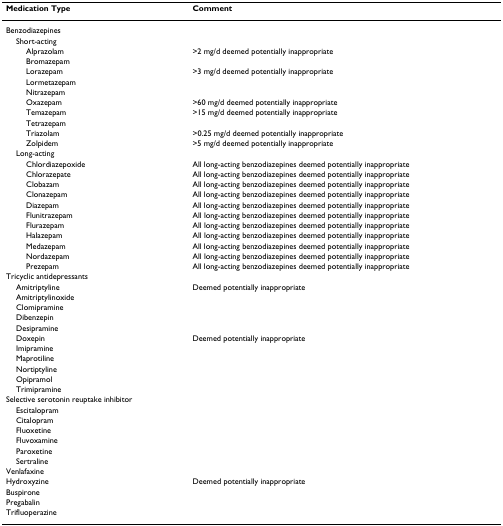
| Medication Type | Comment |
 | --- | --- |
 | Benzodiazepines |  |
 | Short-acting |  |
 | Alprazolam | >2 mg/d deemed potentially inappropriate |
 | Bromazepam |  |
 | Lorazepam | >3 mg/d deemed potentially inappropriate |
 | Lormetazepam |  |
 | Nitrazepam |  |
 | Oxazepam | >60 mg/d deemed potentially inappropriate |
 | Temazepam | >15 mg/d deemed potentially inappropriate |
 | Tetrazepam |  |
 | Triazolam | >0.25 mg/d deemed potentially inappropriate |
 | Zolpidem | >5 mg/d deemed potentially inappropriate |
 | Long-acting |  |
 | Chlordiazepoxide | All long-acting benzodiazepines deemed potentially inappropriate |
 | Chlorazepate | All long-acting benzodiazepines deemed potentially inappropriate |
 | Clobazam | All long-acting benzodiazepines deemed potentially inappropriate |
 | Clonazepam | All long-acting benzodiazepines deemed potentially inappropriate |
 | Diazepam | All long-acting benzodiazepines deemed potentially inappropriate |
 | Flunitrazepam | All long-acting benzodiazepines deemed potentially inappropriate |
 | Flurazepam | All long-acting benzodiazepines deemed potentially inappropriate |
 | Halazepam | All long-acting benzodiazepines deemed potentially inappropriate |
 | Medazepam | All long-acting benzodiazepines deemed potentially inappropriate |
 | Nordazepam | All long-acting benzodiazepines deemed potentially inappropriate |
 | Prezepam | All long-acting benzodiazepines deemed potentially inappropriate |
 | Tricyclic antidepressants |  |
 | Amitriptyline | Deemed potentially inappropriate |
 | Amitriptylinoxide |  |
 | Clomipramine |  |
 | Dibenzepin |  |
 | Desipramine |  |
 | Doxepin | Deemed potentially inappropriate |
 | Imipramine |  |
 | Maprotiline |  |
 | Nortiptyline |  |
 | Opipramol |  |
 | Trimipramine |  |
 | Selective serotonin reuptake inhibitor |  |
 | Escitalopram |  |
 | Citalopram |  |
 | Fluoxetine |  |
 | Fluvoxamine |  |
 | Paroxetine |  |
 | Sertraline |  |
 | Venlafaxine |  |
 | Hydroxyzine | Deemed potentially inappropriate |
 | Buspirone |  |
 | Pregabalin |  |
 | Trifluoperazine |  |